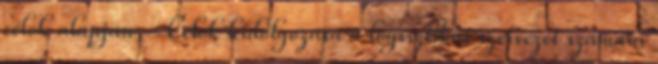
célok alapján - Célok kidolgozása a logisztikai szervezet számára